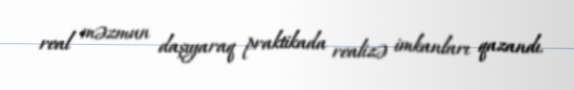
real məzmun daşıyaraq praktikada realizə imkanları qazandı.